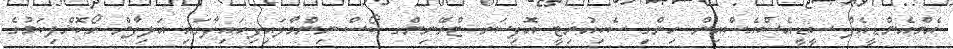
އެމްއެންޑީއެފް ސީޑީއެސްއެސްއިން ހިންގި ސެކިއުރިޓީ އޮފިސަރ ޓްރޭނިންގ ކޯސް ނިންމާލައިފިހައިފާގައި އަލިފާން ރޯކޮށްލިކަމުގެ